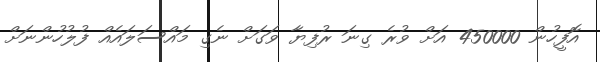
އޮފީހުން 450000 އަށް ވުރެ ގިނަ ރުފިޔާ ވަގަށް ނެގި މައްސަލައެއް ފުލުހުންނަށް